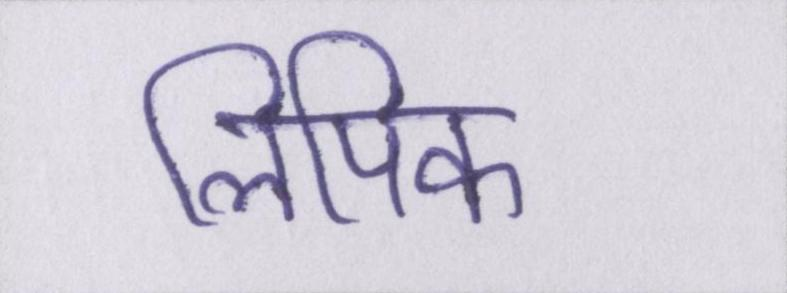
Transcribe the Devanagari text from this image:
लिपिक